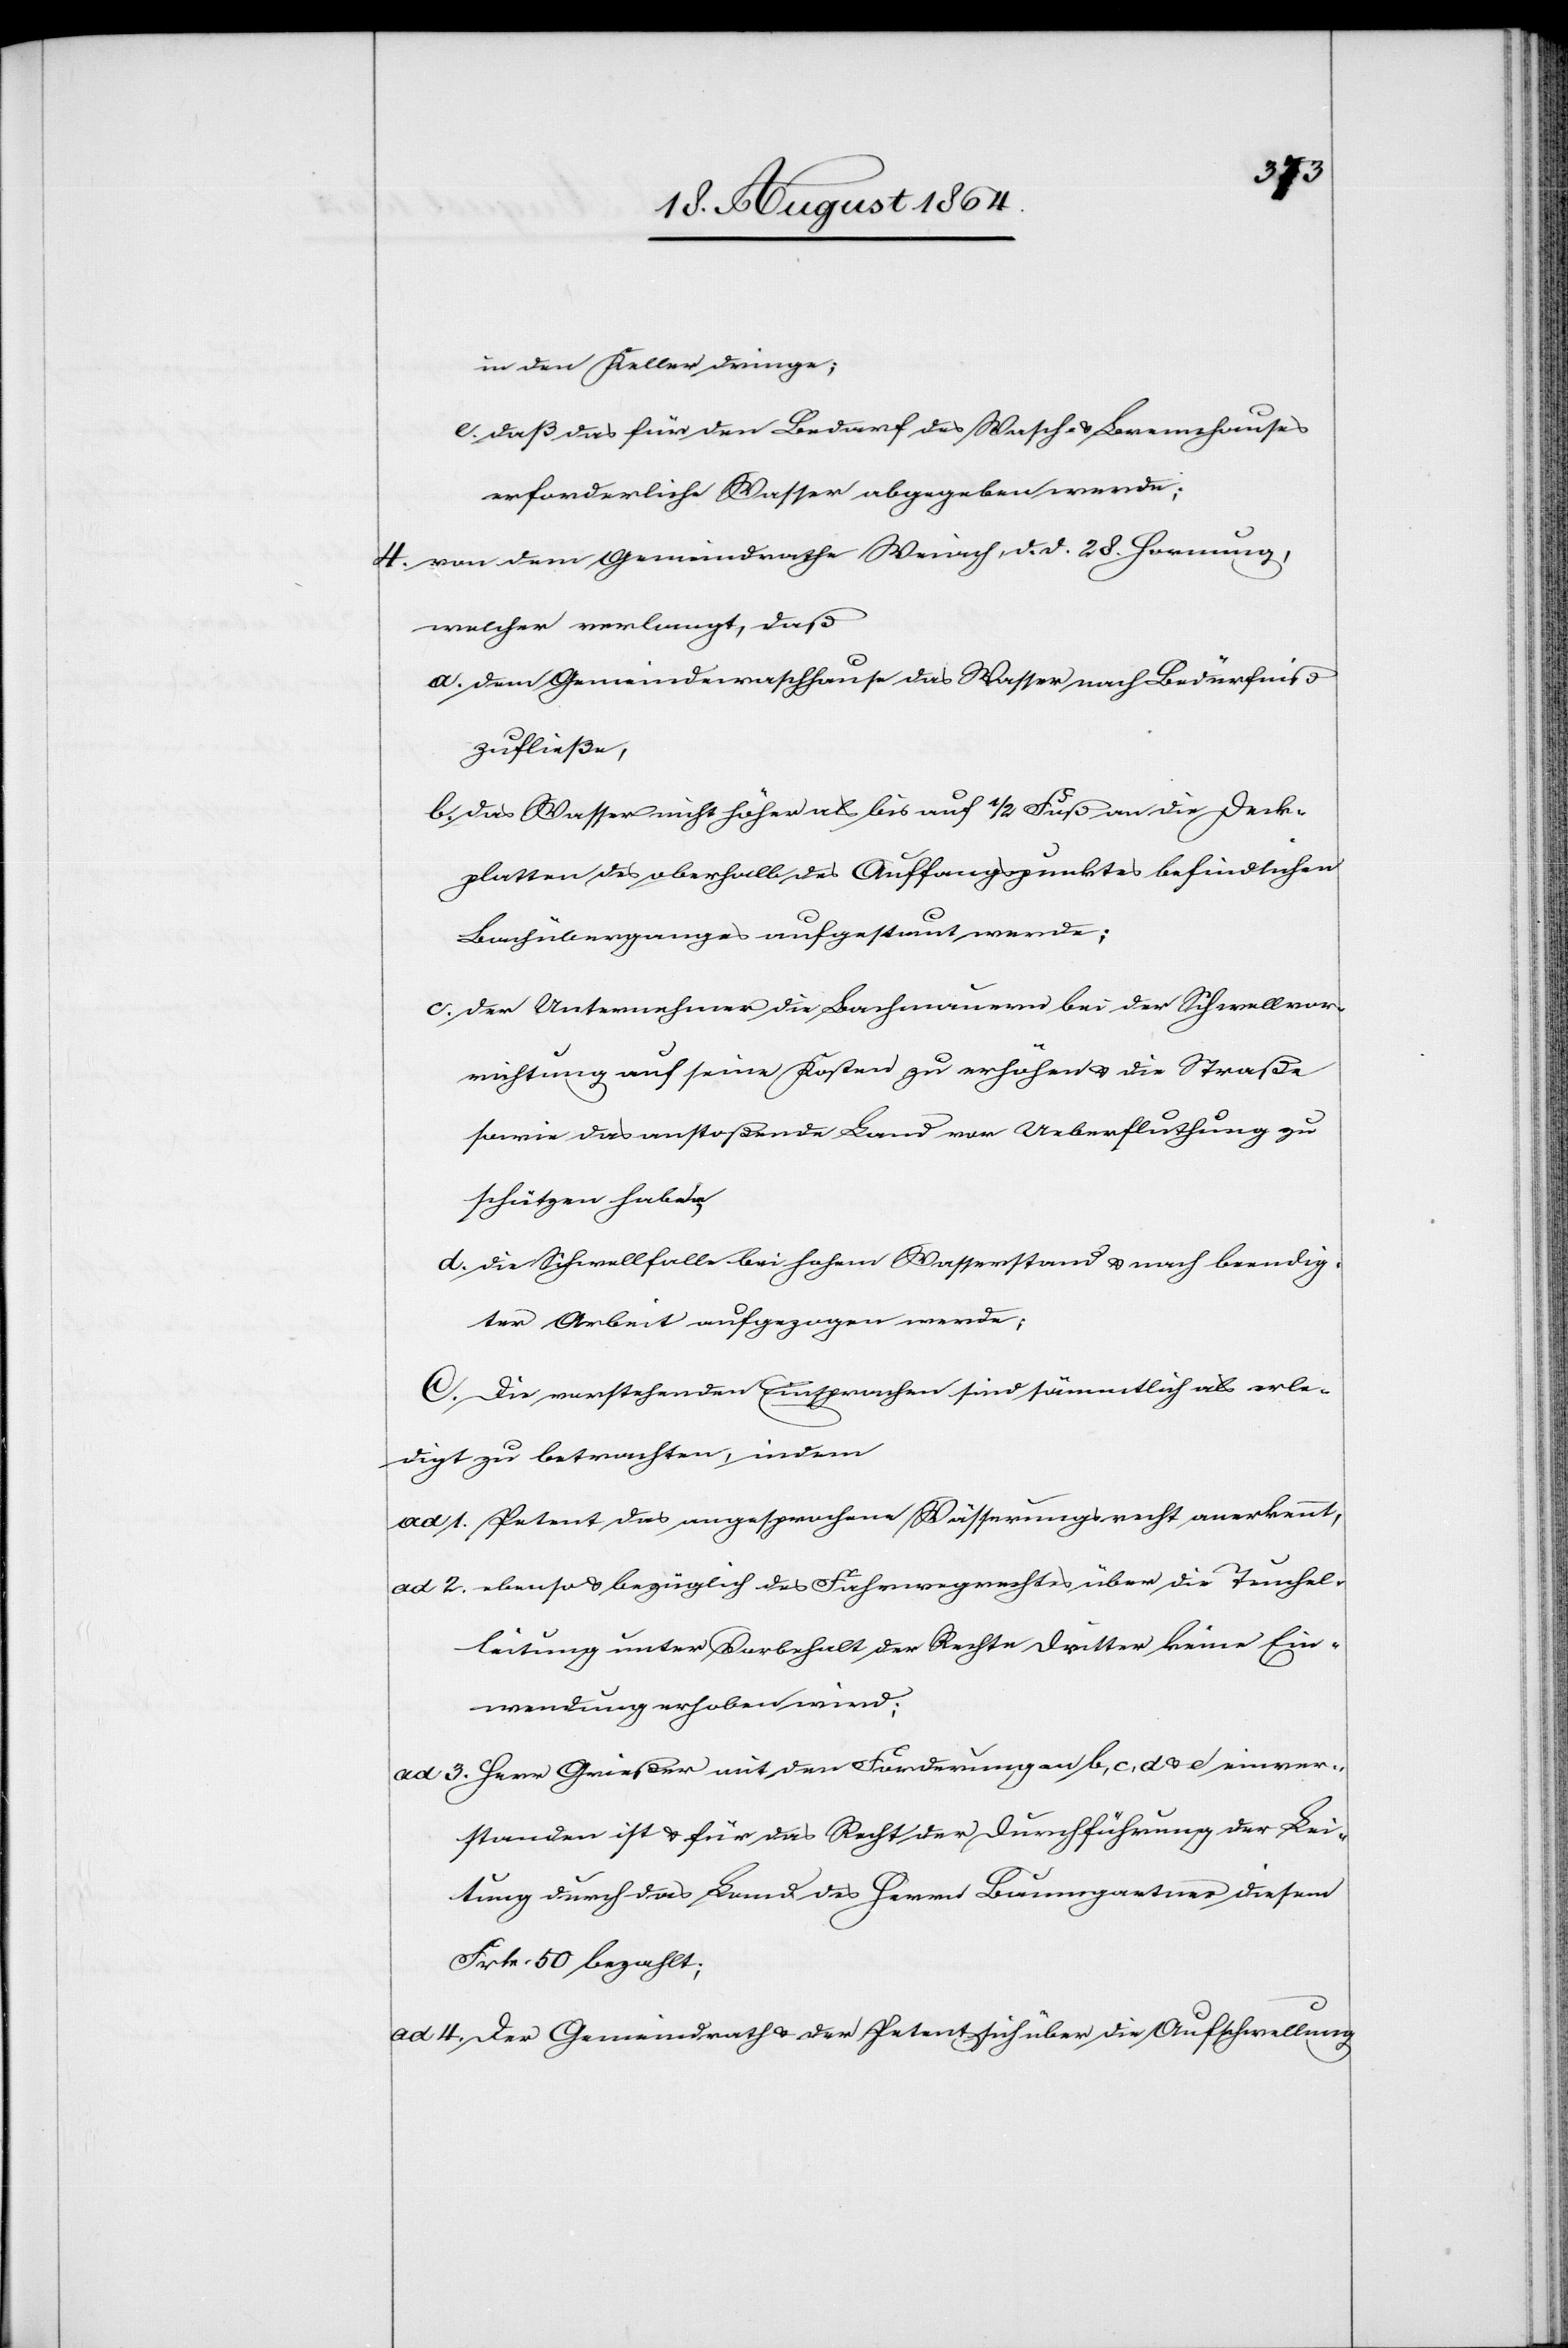
in den Keller dringe;
e. daß das für den Bedarf des Wasch- & Brennhauses
erforderliche Wasser abgegeben werde.
4. 	von dem Gemeindrathe Weiach, d. d. 28. Hornung,
welcher verlangt, daß
a. dem Gemeindewaschhause das Wasser nach Bedürfniß
zufließe,
b. das Wasser nicht höher als bis auf 1/2 Fuß an die Deck¬
platten des oberhalb des Auffangspunktes befindlichen
Bachüberganges aufgestaut werde;
c. der Unternehmer die Bachmauer bei der Schwellvor¬
richtung auf seine Kosten zu erhöhen & die Straße
sowie das anstoßende Land vor Ueberfluthung zu
schützen habe,
d. die Schwellfalle bei hohem Wasserstand & nach beendig¬
ter Arbeit aufgezogen werde;
C. Die vorstehenden Einsprachen sind sämmtlich als erle¬
digt zu betrachten, indem:
ad 1. Petent das angesprochene Wässerungsrecht anerkennt,
ad 2. ebenso & bezüglich das Fahrwegrechtes über die Teuchel¬
leitung unter Vorbehalt der Rechte dritter keine Ein¬
wendung erhoben wird;
ad 3. Herr Grießer mit den Forderungen b, c, d, & e einver¬
standen ist & für das Recht der Durchführung der Lei¬
tung durch das Land des Herrn Baumgartner diesem
Frk. 50 bezahlt;
ad 4. Der Gemeindrath & der Petent sich über die Aufschwellung